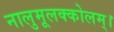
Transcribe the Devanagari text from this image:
नालुमूलक्कोलम्।